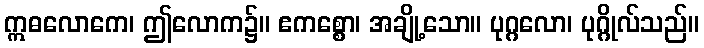
ဣဓလောကေ၊ ဤလောက၌။ ဧကစ္စော၊ အချို့သော။ ပုဂ္ဂလော၊ ပုဂ္ဂိုလ်သည်။